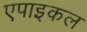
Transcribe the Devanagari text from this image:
एपाइकल